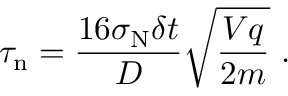
\tau _ { \mathrm { n } } = \frac { 1 6 \sigma _ { \mathrm { N } } \delta t } { D } \sqrt { \frac { V q } { 2 m } } \ .